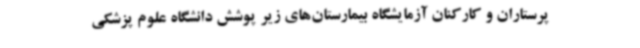
پرستاران و کارکنان آزمایشگاه بیمارستان‌های زیر پوشش دانشگاه علوم پزشکی